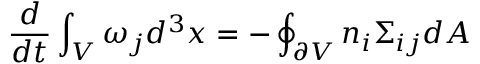
\frac { d } { d t } \int _ { V } \omega _ { j } d ^ { 3 } x = - \oint _ { \partial V } n _ { i } \Sigma _ { i j } d A \,